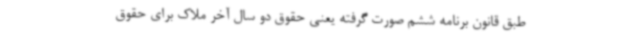
طبق قانون برنامه ششم صورت گرفته یعنی حقوق دو سال آخر ملاک برای حقوق